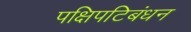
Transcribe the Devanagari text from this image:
पक्षिपटिबंधन